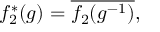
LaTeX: f _ { 2 } ^ { * } ( g ) = { \overline { { f _ { 2 } ( g ^ { - 1 } ) } } } ,